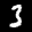
Label: 3